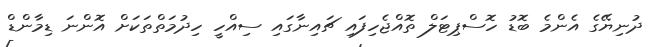
ދުނިޔޭގެ އެންމެ ބޮޑު ހޮސްޕިޓަލް ތޮއްޖެހިފައި ޗައިނާގައި ސިއްހީ ހިދުމަތްތަކަށް އޮންނަ ޑިމާންޑް